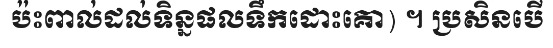
ប៉ះពាល់ដល់ទិន្នផលទឹកដោះគោ) ។ ប្រសិនបើ